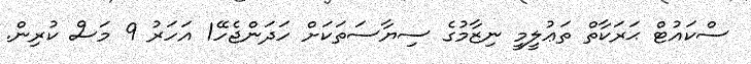
ސްކައުޓް ޙަރަކާތް ތަޢުލީމީ ނިޒާމުގެ ސިޔާސަތަކަށް ހަދަންޖެހޭ1 އަހަރު 9 މަސް ކުރިން.